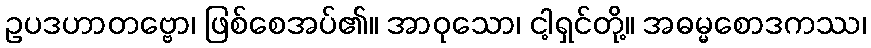
ဥပဒဟာတဗ္ဗော၊ ဖြစ်စေအပ်၏။ အာဝုသော၊ ငါ့ရှင်တို့။ အဓမ္မစောဒကဿ၊